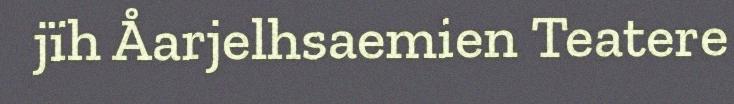
jïh Åarjelhsaemien Teatere